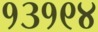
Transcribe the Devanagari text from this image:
१३१९४